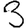
Digit: 3